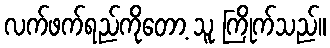
လက်ဖက်ရည်ကိုတော့ သူ ကြိုက်သည်။